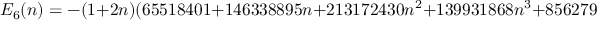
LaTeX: E _ { 6 } ( n ) = - ( 1 + 2 n ) ( 6 5 5 1 8 4 0 1 + 1 4 6 3 3 8 8 9 5 n + 2 1 3 1 7 2 4 3 0 n ^ { 2 } + 1 3 9 9 3 1 8 6 8 n ^ { 3 } + 8 5 6 2 7 9 2 9 n ^ { 4 }